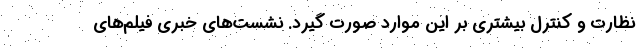
نظارت و کنترل بیشتری بر این موارد صورت گیرد. نشست‌های خبری فیلم‌های